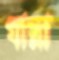
যাল্লা